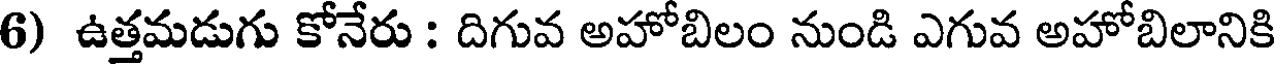
6) ఉత్తమడుగు కోనేరు : దిగువ అహోబిలం నుండి ఎగువ అహోబిలానికి